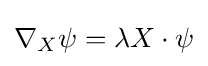
\nabla _{X}\psi =\lambda X\cdot \psi